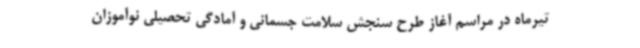
تیرماه در مراسم آغاز طرح سنجش سلامت جسمانی و آمادگی تحصیلی نوآموزان